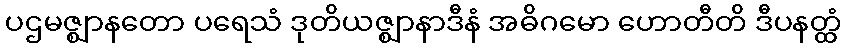
ပဌမဇ္ဈာနတော ပရေသံ ဒုတိယဇ္ဈာနာဒီနံ အဓိဂမော ဟောတီတိ ဒီပနတ္ထံ